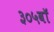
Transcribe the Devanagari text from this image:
३०५वॉ